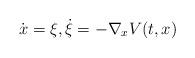
LaTeX: \begin{align*}\dot{x}=\xi,\dot{\xi}=-\nabla_x V(t,x)\end{align*}